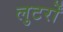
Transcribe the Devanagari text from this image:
लुटर्रों